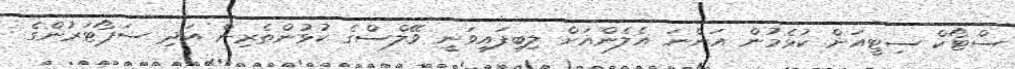
ސްޓޯކް ސިޓީއަށް ކުޅެމުން އަންނަ އެލެންއަށް ލިބިފައިވަނީ ވޭލްސްގެ ކުޅުންތެރިން އަދި ސަޕޯޓަރުންގެ